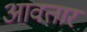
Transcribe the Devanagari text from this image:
आवतार